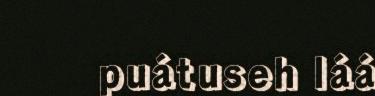
puátuseh láá